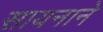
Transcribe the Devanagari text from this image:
सायनाने